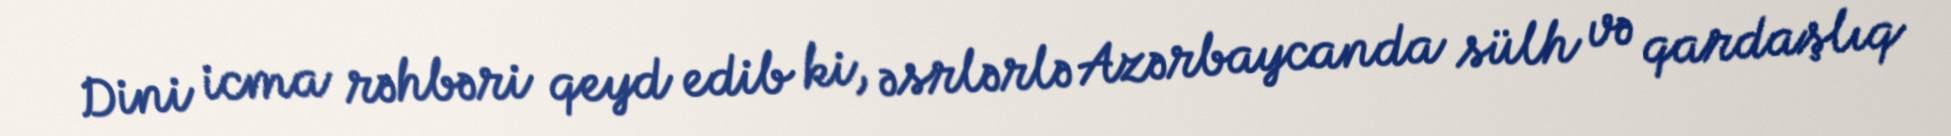
Dini icma rəhbəri qeyd edib ki, əsrlərlə Azərbaycanda sülh və qardaşlıq